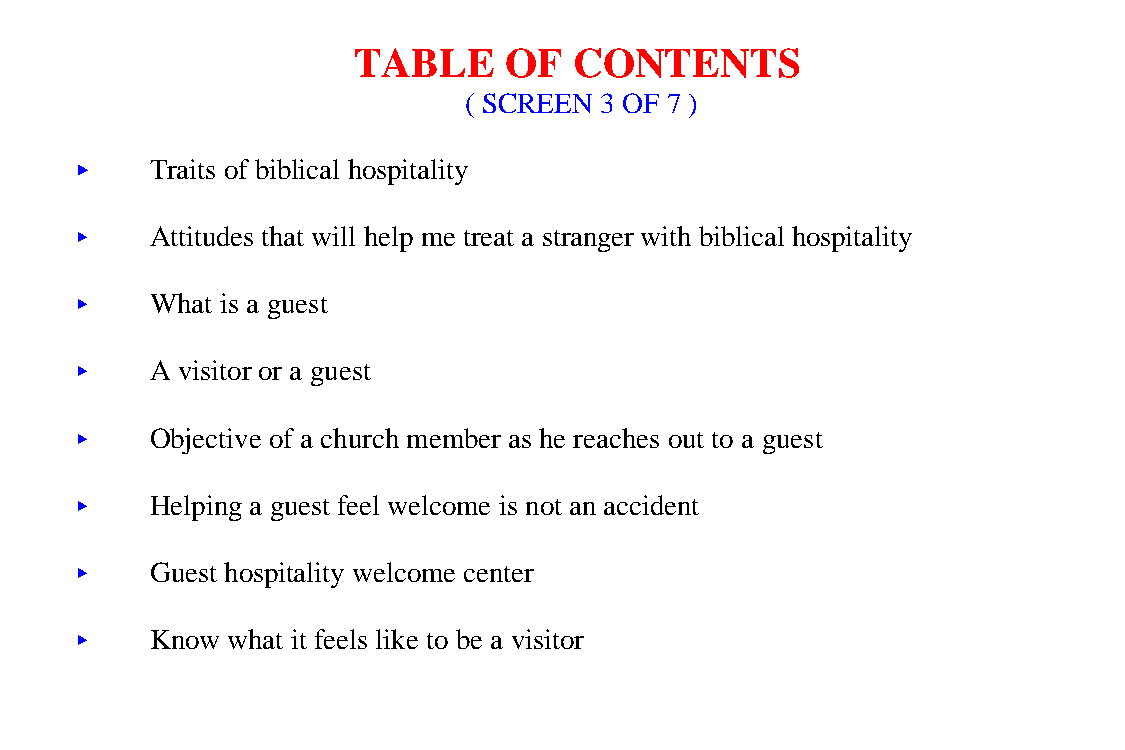
TABLE     OF   CONTENTS
 ( SCREEN 3 OF 7 )
 <<   Traits of biblical hospitality
 <<   Attitudes that will help me treat a stranger with biblical hospitality
 <<   What is a guest
 <<   A visitor or a guest
 <<   Objective of a church member as he reaches out to a guest
 <<   Helping a guest feel welcome is not an accident
 <<   Guest hospitality welcome center
 <<   Know what it feels like to be a visitor